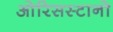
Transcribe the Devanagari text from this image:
ओरिसस्टानो